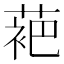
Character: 𬡞